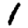
Digit: 1